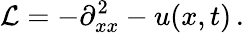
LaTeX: \mathcal{L}=-\partial_{xx}^{2}-u(x,t)\, .